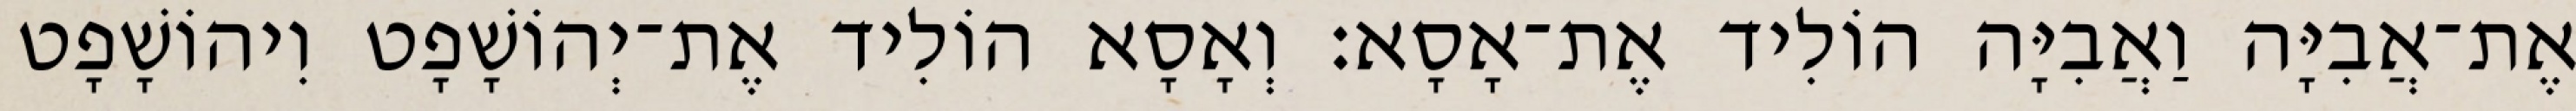
אֶת־אֲבִיָּה וַאֲבִיָּה הוֹלִיד אֶת־אָסָא׃ וְאָסָא הוֹלִיד אֶת־יְהוֹשָׁפָט וִיהוֹשָׁפָט